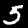
Digit: 5